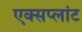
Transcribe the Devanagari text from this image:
एक्सप्लांट